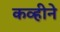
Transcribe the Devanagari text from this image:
कव्हीने